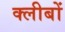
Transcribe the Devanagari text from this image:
क्लीबों